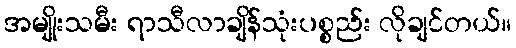
အမျိုးသမီး ရာသီလာချိန်သုံးပစ္စည်း လိုချင်တယ်။